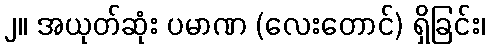
၂။ အယုတ်ဆုံး ပမာဏ (လေးတောင်) ရှိခြင်း၊